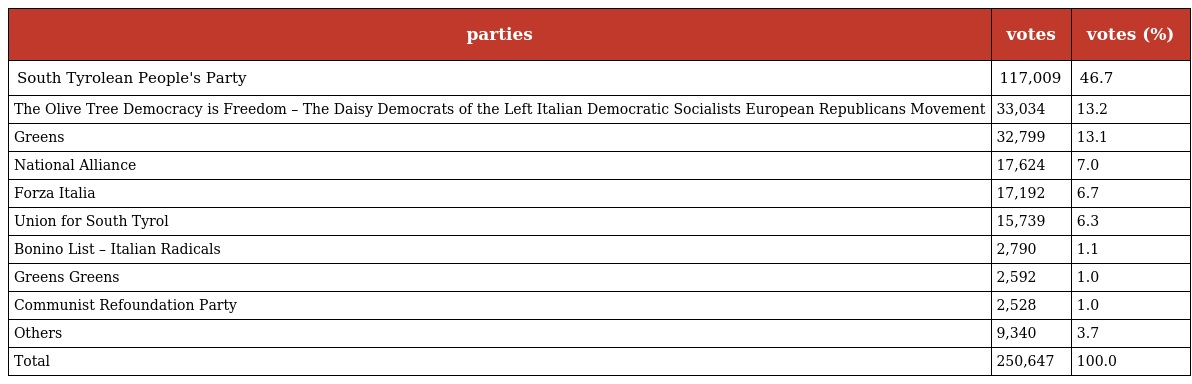
| parties | votes | votes (%) |
 | --- | --- | --- |
 | South Tyrolean People's Party | 117,009 | 46.7 |
 | The Olive Tree Democracy is Freedom – The Daisy Democrats of the Left Italian Democratic Socialists European Republicans Movement | 33,034 | 13.2 |
 | Greens | 32,799 | 13.1 |
 | National Alliance | 17,624 | 7.0 |
 | Forza Italia | 17,192 | 6.7 |
 | Union for South Tyrol | 15,739 | 6.3 |
 | Bonino List – Italian Radicals | 2,790 | 1.1 |
 | Greens Greens | 2,592 | 1.0 |
 | Communist Refoundation Party | 2,528 | 1.0 |
 | Others | 9,340 | 3.7 |
 | Total | 250,647 | 100.0 |